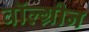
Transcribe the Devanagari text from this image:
वॉल्ग्रीन